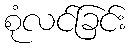
စုံလင်ခြင်း